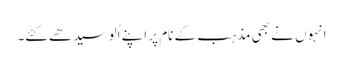
انہوں نے بھی مذہب کے نام پر اپنے اُلو سیدھے کئے۔